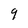
Character: 9